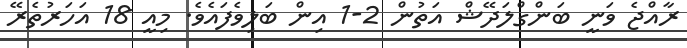
ރާއްޖެ ވަނީ ބަންގްލަދޭޝް އަތުން 2-1 އިން ބަލިވެފައެވެ. މިއީ 18 އަހަރުތެރޭ